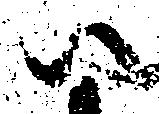
尉